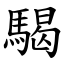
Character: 騔